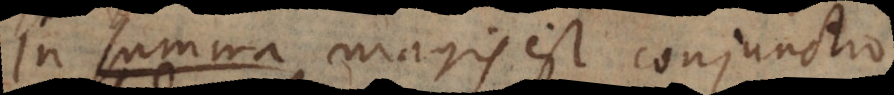
In summa magis est conjunctio.